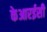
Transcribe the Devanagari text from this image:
केआरईसी